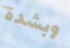
وبشدة